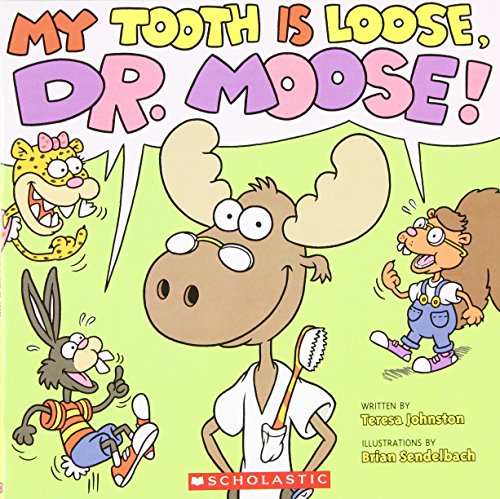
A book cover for My Tooth Is Loose, Dr. Moose; Teresa Johnston; Medical Books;